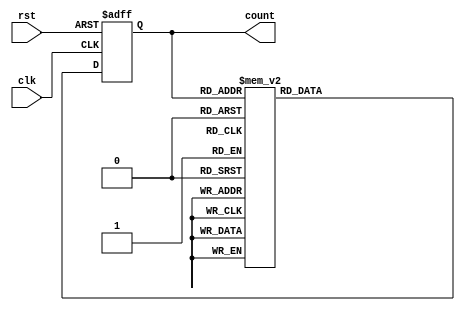
module gray_code_ring_counter (
    input clk,
    input rst,
    output [3:0] count
);

reg [3:0] count_reg;
reg [3:0] next_count;

// Gray code sequence
always @(*) begin
    case(count_reg)
        4'b0000: next_count = 4'b0001;
        4'b0001: next_count = 4'b0011;
        4'b0011: next_count = 4'b0010;
        4'b0010: next_count = 4'b0110;
        4'b0110: next_count = 4'b0111;
        4'b0111: next_count = 4'b0101;
        4'b0101: next_count = 4'b0100;
        4'b0100: next_count = 4'b1100;
        4'b1100: next_count = 4'b1101;
        4'b1101: next_count = 4'b1111;
        4'b1111: next_count = 4'b1110;
        4'b1110: next_count = 4'b1010;
        4'b1010: next_count = 4'b1011;
        4'b1011: next_count = 4'b1001;
        4'b1001: next_count = 4'b1000;
        4'b1000: next_count = 4'b0000;

        default: next_count = 4'bxxxx;
    endcase
end

always @(posedge clk or posedge rst) begin
    if(rst) begin
        count_reg <= 4'b0000;
    end else begin
        count_reg <= next_count;
    end
end

assign count = count_reg;

endmodule